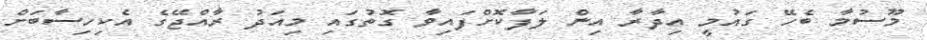
މޫސުމާ ބެހޭ ގައުމީ އިދާރާ އިން ލަފާކޮށްފައިވާ ގޮތުގައި މިއަދު ރާއްޖޭގެ އެކިހިސާބަށް